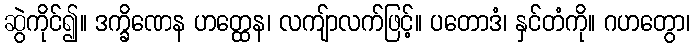
ဆွဲကိုင်၍။ ဒက္ခိဏေန ဟတ္ထေန၊ လကျ်ာလက်ဖြင့်။ ပတောဒံ၊ နှင်တံကို။ ဂဟတွော၊